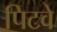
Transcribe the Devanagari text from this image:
पिटवे